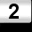
Digit: 2